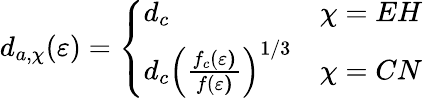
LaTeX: d_{a,\chi}(\varepsilon)=\left\{ \begin{array}{ll}{d_{c}}&{\chi=EH}\\ {d_{c}\left(\frac{f_{c}(\mathbf{\varepsilon)}}{f(\mathbf{\varepsilon)}}\right)^{1/3}}&{\chi=CN}\end{array}\right.